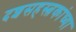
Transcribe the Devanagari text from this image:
दशसहस्त्रकांच्या